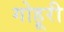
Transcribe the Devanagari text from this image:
गोहूरी